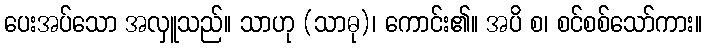
ပေးအပ်သော အလှူသည်။ သာဟု (သာဓု)၊ ကောင်း၏။ အပိ စ၊ စင်စစ်သော်ကား။